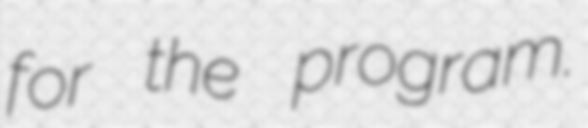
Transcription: for the program.